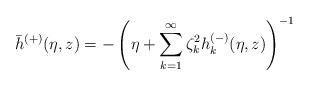
LaTeX: \begin{align*} \bar h^{(+)}(\eta,z)= - \left(\eta + \sum_{k=1}^\infty \zeta_k^2h_k^{(-)}(\eta,z)\right)^{-1}\end{align*}